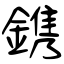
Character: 鎸